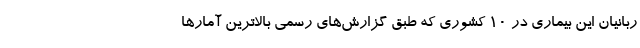
ربانیان این بیماری در ۱۰ کشوری که طبق گزارش‌های رسمی بالاترین آمارها